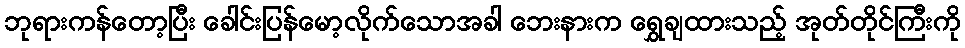
ဘုရားကန်တော့ပြီး ခေါင်းပြန်မော့လိုက်သောအခါ ဘေးနားက ရွှေချထားသည့် အုတ်တိုင်ကြီးကို